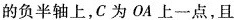
的负半轴上，C为OA上一点，且